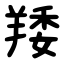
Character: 䍴